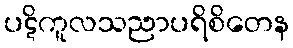
ပဋိကူလသညာပရိစိတေန